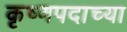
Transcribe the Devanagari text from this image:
कृष्णपदाच्या